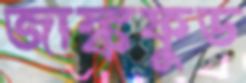
জাঙ্কফুড